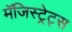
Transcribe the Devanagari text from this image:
मॅजिस्ट्रेट्स